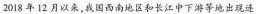
2018 年 12 月以来，我国西南地区和长江甲下游等地出现连